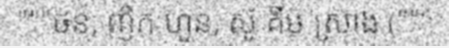
"""ថន, ញឹក ហួន, ស៊ូ គីម ស្រ៊ាង ("""